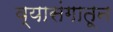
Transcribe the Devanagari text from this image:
व्यासंगातून